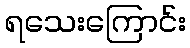
ရသေးကြောင်း